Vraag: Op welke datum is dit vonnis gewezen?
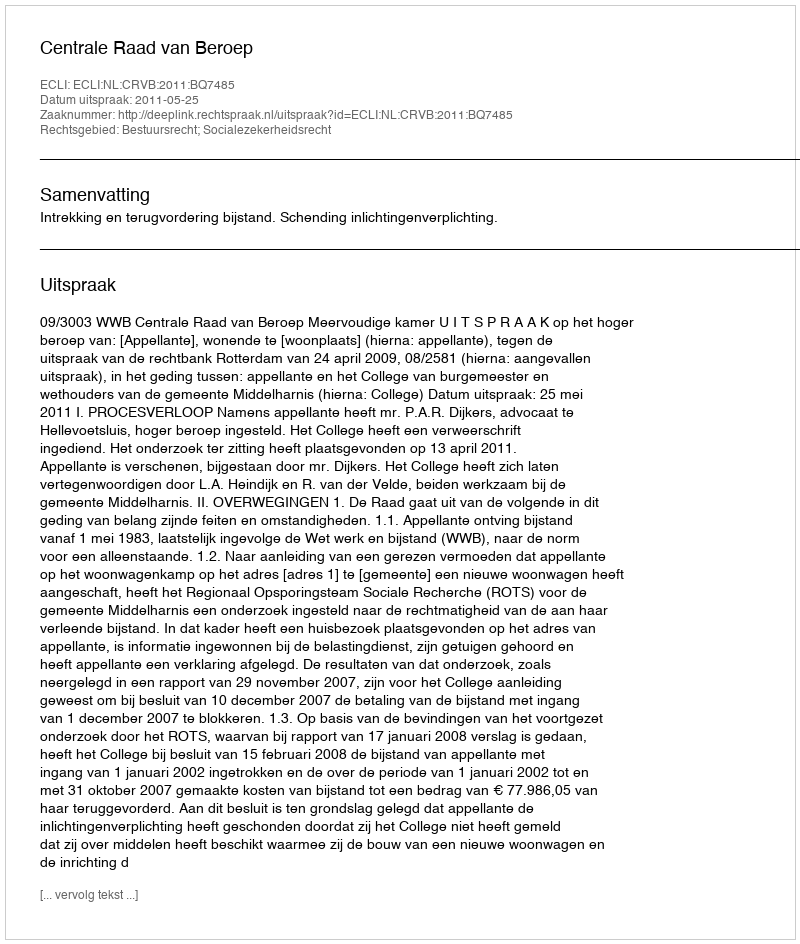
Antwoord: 2011-05-25